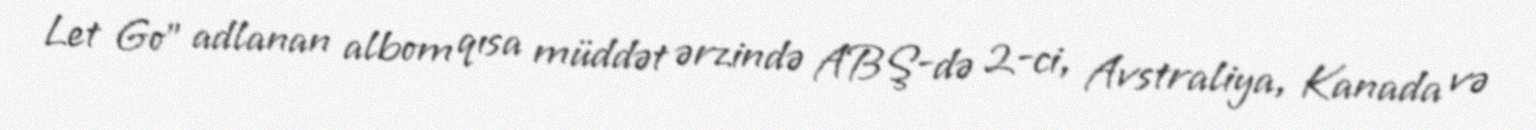
Let Go" adlanan albom qısa müddət ərzində ABŞ-də 2-ci, Avstraliya, Kanada və